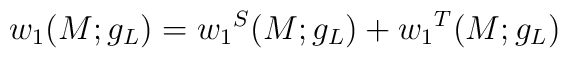
w_{1}(M;g_{L}) = {w_{1}}^{S}(M;g_{L}) + {w_{1}}^{T}(M;g_{L})